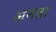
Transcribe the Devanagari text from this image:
अनता